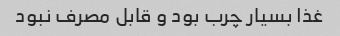
غذا بسیار چرب بود و قابل مصرف نبود